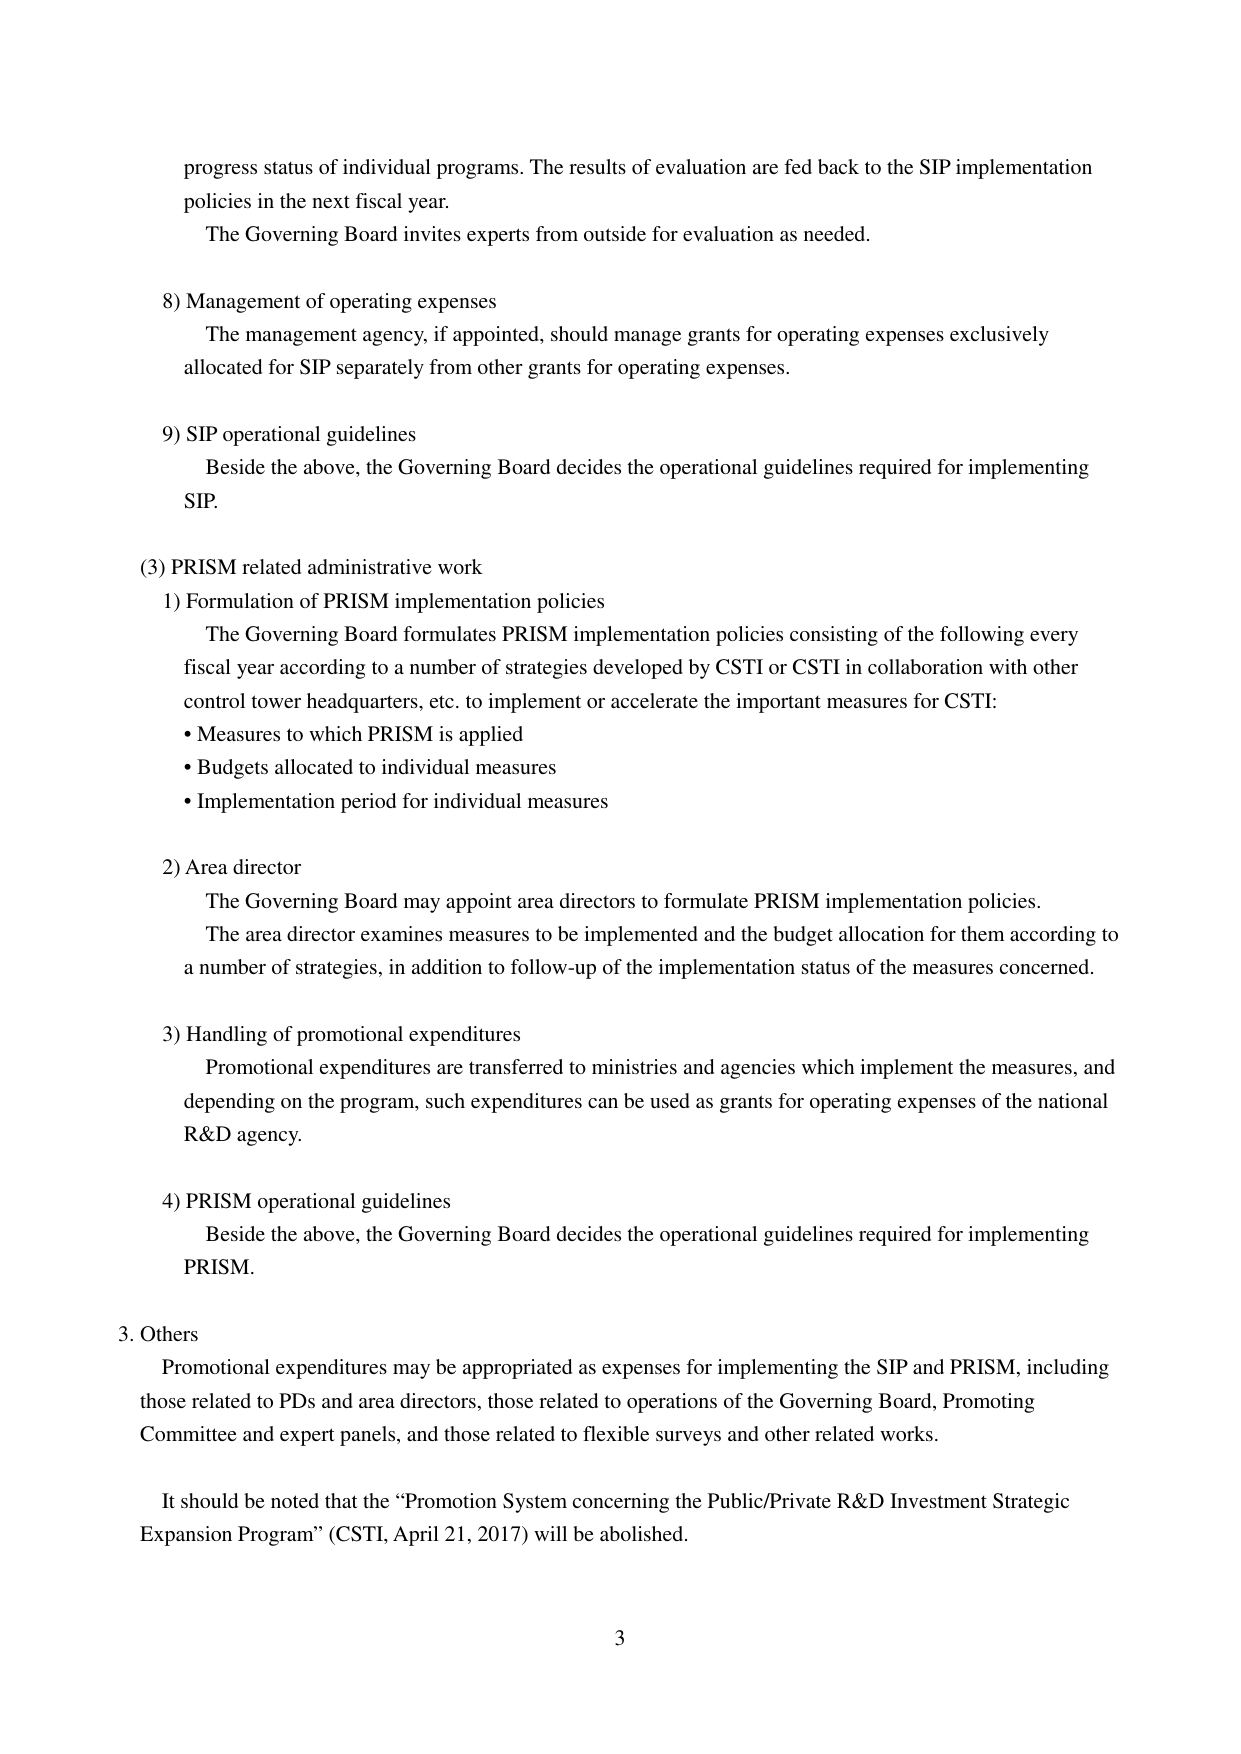
progress status of individual programs. The results of evaluation are fed back to the SIP implementation policies in the next fiscal year.
The Governing Board invites experts from outside for evaluation as needed.

8) Management of operating expenses
The management agency, if appointed, should manage grants for operating expenses exclusively allocated for SIP separately from other grants for operating expenses.

9) SIP operational guidelines
Beside the above, the Governing Board decides the operational guidelines required for implementing SIP.

(3) PRISM related administrative work
1) Formulation of PRISM implementation policies
The Governing Board formulates PRISM implementation policies consisting of the following every fiscal year according to a number of strategies developed by CSTI or CSTI in collaboration with other control tower headquarters, etc. to implement or accelerate the important measures for CSTI:
• Measures to which PRISM is applied
• Budgets allocated to individual measures
• Implementation period for individual measures

2) Area director
The Governing Board may appoint area directors to formulate PRISM implementation policies.
The area director examines measures to be implemented and the budget allocation for them according to a number of strategies, in addition to follow-up of the implementation status of the measures concerned.

3) Handling of promotional expenditures
Promotional expenditures are transferred to ministries and agencies which implement the measures, and depending on the program, such expenditures can be used as grants for operating expenses of the national R&D agency.

4) PRISM operational guidelines
Beside the above, the Governing Board decides the operational guidelines required for implementing PRISM.

3. Others
Promotional expenditures may be appropriated as expenses for implementing the SIP and PRISM, including those related to PDs and area directors, those related to operations of the Governing Board, Promoting Committee and expert panels, and those related to flexible surveys and other related works.

It should be noted that the “Promotion System concerning the Public/Private R&D Investment Strategic Expansion Program” (CSTI, April 21, 2017) will be abolished.

3